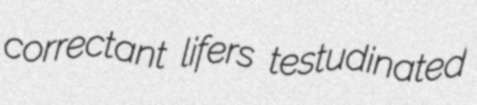
correctant lifers testudinated